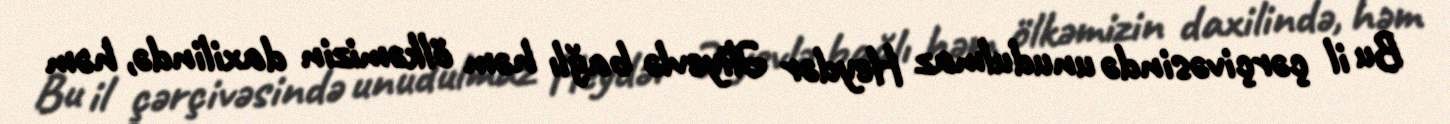
Bu il çərçivəsində unudulmaz Heydər Əliyevlə bağlı həm ölkəmizin daxilində, həm